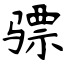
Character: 骠